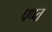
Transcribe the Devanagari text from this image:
पप्प्त